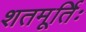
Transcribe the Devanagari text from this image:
शतमूर्तिः